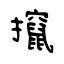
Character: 攛